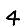
Digit: 4